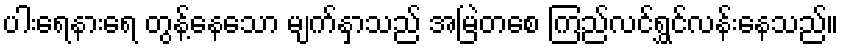
ပါးရေနားရေ တွန့်နေသော မျက်နှာသည် အမြဲတစေ ကြည်လင်ရွှင်လန်းနေသည်။